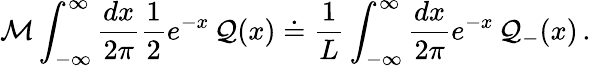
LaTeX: {\cal M}\displaystyle\int_{-\infty}^{\infty}\displaystyle\frac{dx}{2\pi}\displaystyle\frac{1}{2}e^{-x}\, {\cal Q}(x)\doteq\displaystyle\frac{1}{L}\displaystyle\int_{-\infty}^{\infty}\displaystyle\frac{dx}{2\pi}e^{-x}\, {\cal Q}_{-}(x)\, .